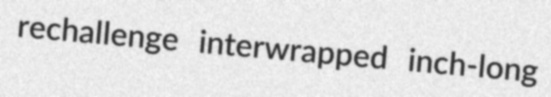
rechallenge interwrapped inch-long